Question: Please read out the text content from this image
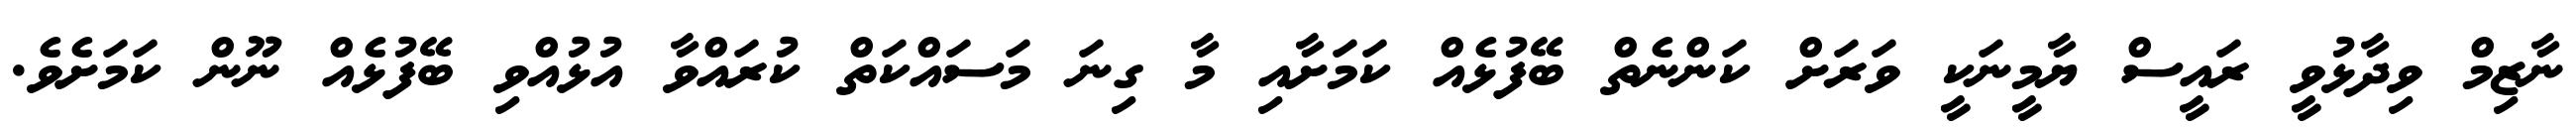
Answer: ނާޒިމް ވިދާޅުވީ ރައީސް ޔާމީނަކީ ވަރަށް ކަންނެތް ބޭފުޅެއް ކަމަށާއި މާ ގިނަ މަސައްކަތް ކުރައްވާ އުޅުއްވި ބޭފުޅެއް ނޫން ކަމަށެވެ.